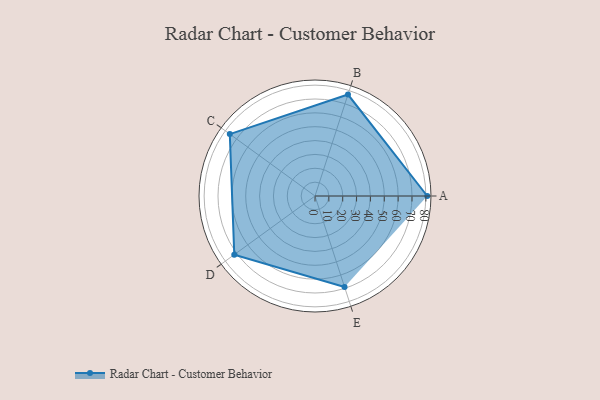
{"axis": {"x": "Skill", "y": "Score"}, "legend": ["Profile"], "data": [{"x": "A", "y": 81.0, "type": "Profile"}, {"x": "B", "y": 77.0, "type": "Profile"}, {"x": "C", "y": 76.0, "type": "Profile"}, {"x": "D", "y": 72.0, "type": "Profile"}, {"x": "E", "y": 69.0, "type": "Profile"}]}